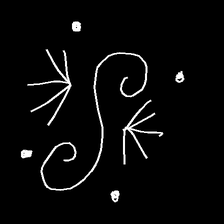
Glyph: aeroform